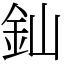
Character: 𨥉